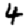
Digit: 4